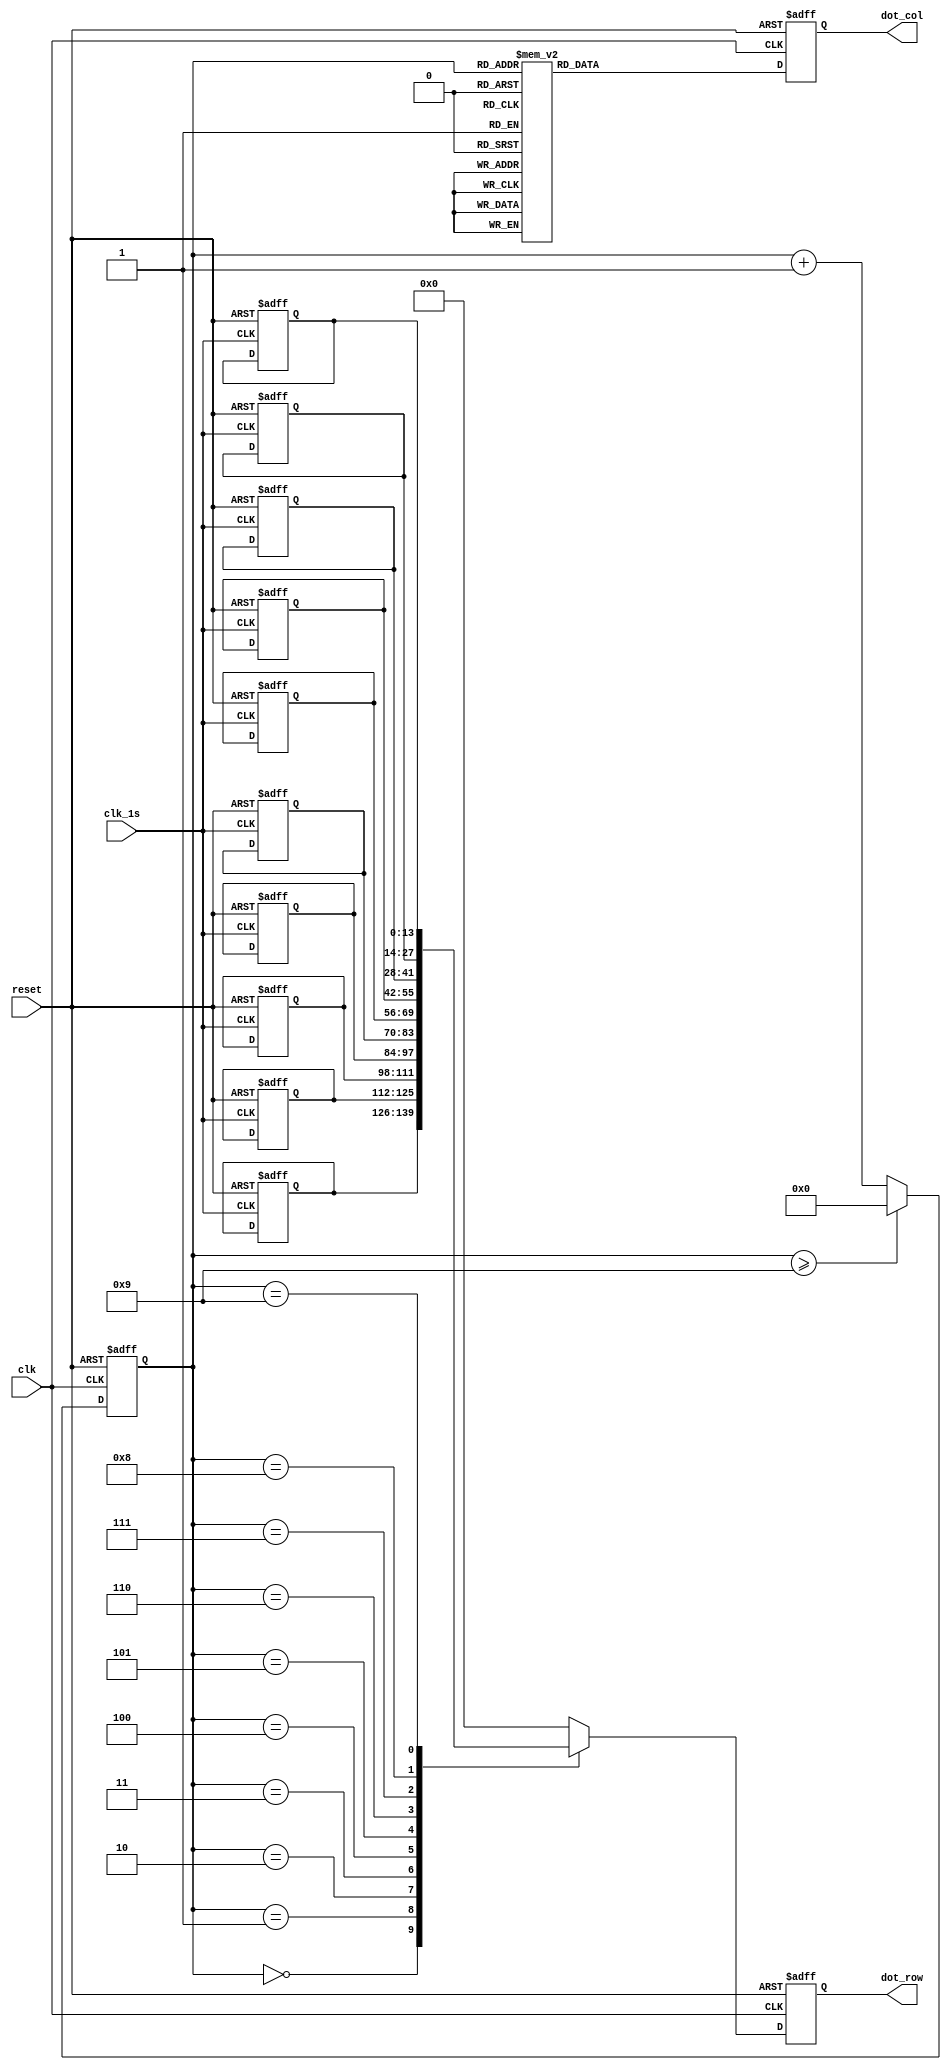
module dot_matrix(
	input clk, clk_1s, reset,
	output reg [13:0] dot_row,
	output reg [9:0] dot_col
);

	reg [3:0] sel_count;
	reg [3:0] count;
	reg [13:0] temp;
	reg [13:0] dot_data_0, dot_data_1, dot_data_2, dot_data_3, dot_data_4, dot_data_5, dot_data_6, dot_data_7, dot_data_8, dot_data_9;

always@(posedge clk or negedge reset) begin
	if(reset == 1'b0) begin
		dot_col <= 0;
		sel_count <= 0;
	end
	else begin
		if(sel_count >= 9)
			sel_count <= 0;
		else
			sel_count <= sel_count + 1;

		case(sel_count)
			4'd0 : dot_col<=10'b10_0000_0000;
			4'd1 : dot_col<=10'b01_0000_0000;
			4'd2 : dot_col<=10'b00_1000_0000;
			4'd3 : dot_col<=10'b00_0100_0000;
			4'd4 : dot_col<=10'b00_0010_0000;
			4'd5 : dot_col<=10'b00_0001_0000;
			4'd6 : dot_col<=10'b00_0000_1000;
			4'd7 : dot_col<=10'b00_0000_0100;
			4'd8 : dot_col<=10'b00_0000_0010;
			4'd9 : dot_col<=10'b00_0000_0001;
			default: dot_col<=0;
		endcase
	end
end

always@(posedge clk_1s or negedge reset) begin
	if(reset == 1'b0) begin
		dot_data_9 <= 14'b00_0000_0001_0000;	
		dot_data_8 <= 14'b00_0000_0001_1000;	
		dot_data_7 <= 14'b00_0000_0001_1100;	
		dot_data_6 <= 14'b11_1111_1111_1110;	
		dot_data_5 <= 14'b11_1111_1111_1111;	

		dot_data_4 <= 14'b11_1111_1111_1111;
		dot_data_3 <= 14'b11_1111_1111_1110;
		dot_data_2 <= 14'b00_0000_0001_1100;
		dot_data_1 <= 14'b00_0000_0001_1000;
		dot_data_0 <= 14'b00_0000_0001_0000;
		temp <= 0;
	end
	
end


always@(posedge clk or negedge reset) begin
	if(reset == 1'b0) begin
		dot_row <= 0;
	end
	else begin
		case(sel_count)
			4'd0 : dot_row <= dot_data_0;
			4'd1 : dot_row <= dot_data_1;
			4'd2 : dot_row <= dot_data_2;
			4'd3 : dot_row <= dot_data_3;
			4'd4 : dot_row <= dot_data_4;
			4'd5 : dot_row <= dot_data_5;
			4'd6 : dot_row <= dot_data_6;
			4'd7 : dot_row <= dot_data_7;
			4'd8 : dot_row <= dot_data_8;
			4'd9 : dot_row <= dot_data_9;
			default : dot_row <= 0;
		endcase
	end
end


endmodule